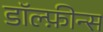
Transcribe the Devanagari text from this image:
डॉल्फ़ीन्स